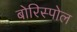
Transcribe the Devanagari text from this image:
बोरिस्पोल